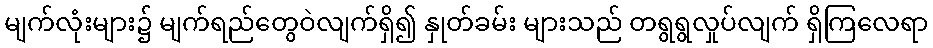
မျက်လုံးများ၌ မျက်ရည်တွေဝဲလျက်ရှိ၍ နှုတ်ခမ်း များသည် တရွရွလှုပ်လျက် ရှိကြလေရာ